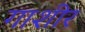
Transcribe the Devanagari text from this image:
गाशीर